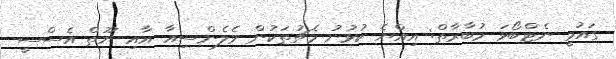
ގައުމީ ނެޓްބޯޅަ މުބާރާތް: އިއްޔެ ކުޅުނު މެޗުތަކުން ވެލެންސިއާ އާއި ޔޫތް އެސްސީ